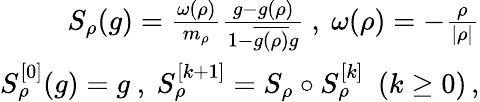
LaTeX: \begin{array}{r}{S_{\rho}(g)=\frac{\omega(\rho)}{m_{\rho}}\frac{g-g(\rho)}{1-\overline{{g(\rho)}}g}\ ,\ \omega(\rho)=-\frac{\rho}{|\rho|}}\\ {S_{\rho}^{[0]}(g)=g\ ,\ S_{\rho}^{[k+1]}=S_{\rho}\circ S_{\rho}^{[k]}\ \ (k\geq 0)\, ,}\end{array}